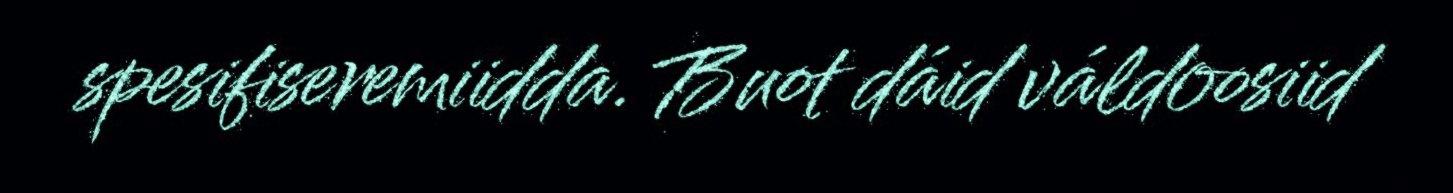
spesifiseremiidda. Buot dáid váldoosiid